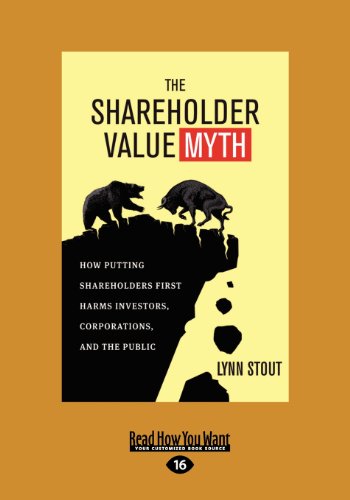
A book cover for The Shareholder Value Myth: How Putting Shareholders First Harms Investors, Corporations, and the Public (Large Print 16pt); Lynn Stout; Business & Money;